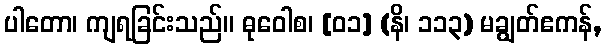
ပါတော၊ ကျရခြင်းသည်။ ဓုဝေါစ၊ [၀၁] (နိ၊ ၁၁၃) မချွတ်ဧကန်,